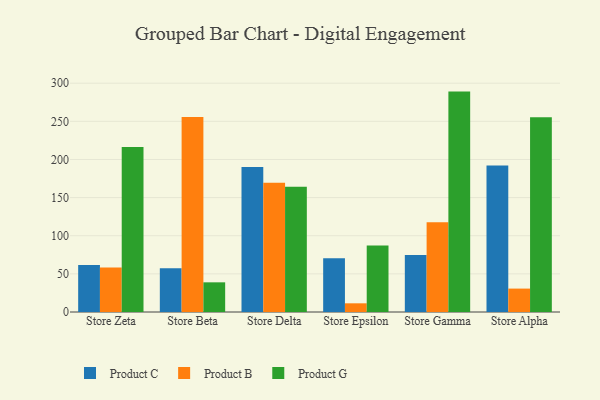
{"axis": {"x": "Store", "y": "Revenue (USD Million)"}, "legend": ["Product B", "Product C", "Product G"], "data": [{"x": "Store Zeta", "y": 61.5, "type": "Product C"}, {"x": "Store Zeta", "y": 58.4, "type": "Product B"}, {"x": "Store Zeta", "y": 216.3, "type": "Product G"}, {"x": "Store Beta", "y": 57.5, "type": "Product C"}, {"x": "Store Beta", "y": 255.7, "type": "Product B"}, {"x": "Store Beta", "y": 38.9, "type": "Product G"}, {"x": "Store Delta", "y": 190.2, "type": "Product C"}, {"x": "Store Delta", "y": 169.6, "type": "Product B"}, {"x": "Store Delta", "y": 164.2, "type": "Product G"}, {"x": "Store Epsilon", "y": 70.4, "type": "Product C"}, {"x": "Store Epsilon", "y": 11.4, "type": "Product B"}, {"x": "Store Epsilon", "y": 87.3, "type": "Product G"}, {"x": "Store Gamma", "y": 74.9, "type": "Product C"}, {"x": "Store Gamma", "y": 117.7, "type": "Product B"}, {"x": "Store Gamma", "y": 289.0, "type": "Product G"}, {"x": "Store Alpha", "y": 192.2, "type": "Product C"}, {"x": "Store Alpha", "y": 30.7, "type": "Product B"}, {"x": "Store Alpha", "y": 255.5, "type": "Product G"}]}